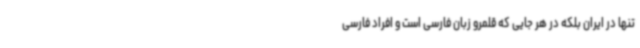
تنها در ایران بلکه در هر جایی که قلمرو زبان فارسی است و افراد فارسی